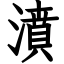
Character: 濆